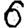
Digit: 6